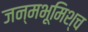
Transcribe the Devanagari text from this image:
जन्मभूमिश्च